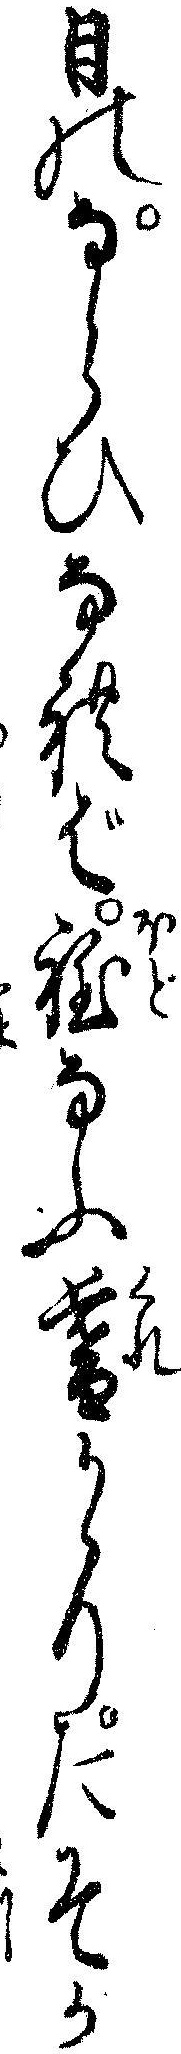
日のならひなれば程なふ暮かゝりたそか